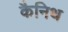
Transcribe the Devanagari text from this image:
कैनिथ